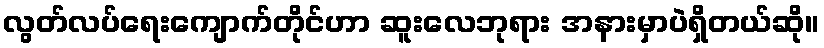
လွတ်လပ်ရေးကျောက်တိုင်ဟာ ဆူးလေဘုရား အနားမှာပဲရှိတယ်ဆို။